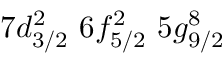
7 d _ { 3 / 2 } ^ { 2 } \, \, 6 f _ { 5 / 2 } ^ { 2 } \, \, 5 g _ { 9 / 2 } ^ { 8 }